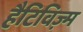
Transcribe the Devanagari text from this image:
हैटिविज़्म